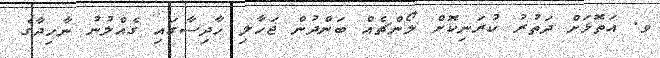
ވ. އަތޮޅަށް ދަތުރު ކުރަނިކޮށް ލޯންޗެއް ބަންދުން ޖަހާލި ހާދިސާގައި ގެއްލުނު ނާހިދާގެ